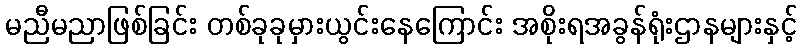
မညီမညာဖြစ်ခြင်း တစ်ခုခုမှားယွင်းနေကြောင်း အစိုးရအခွန်ရုံးဌာနများနှင့်